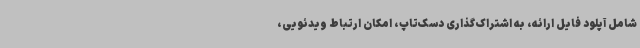
شامل آپلود فایل ارائه، به اشتراک‌گذاری دسک‌تاپ، امکان ارتباط ویدئویی،